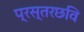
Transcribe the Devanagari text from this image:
प्रस्तरछवि